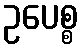
ဥပေစ္စ